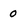
Character: 0